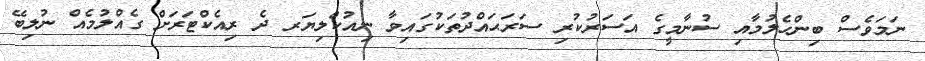
ނަމަވެސް ބިންހެލުމާއި ސުނާމީގެ އަސަރުކުރި ސަރަޙައްދުތަކުގައިވާ ނިއުކްލިޔަރ ދެ ރިއެކްޓަރަށް ގެއްލުމެއް ނުލިބޭ